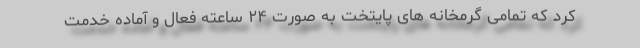
کرد که تمامی گرمخانه های پایتخت به صورت ۲۴ ساعته فعال و آماده خدمت